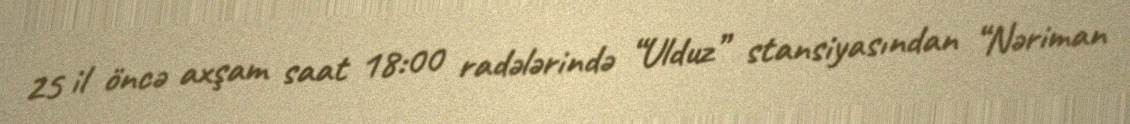
25 il öncə axşam saat 18:00 radələrində “Ulduz” stansiyasından “Nəriman